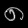
Digit: ၈